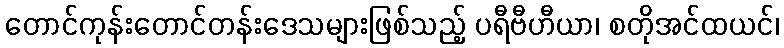
တောင်ကုန်းတောင်တန်းဒေသများဖြစ်သည့် ပရီဗီဟီယာ၊ စတိုအင်ထယင်၊